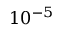
1 0 ^ { - 5 }